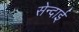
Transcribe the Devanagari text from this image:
सेन्दाई